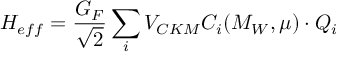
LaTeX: { \cal H } _ { e f f } = \frac { G _ { F } } { \sqrt { 2 } } \sum _ { i } V _ { C K M } C _ { i } ( M _ { W } , \mu ) \cdot Q _ { i }